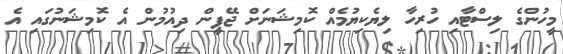
މީހުންގެ ލިސްޓާއި ހުރިހާ ލިޔެކިޔުމެއް ކޮމިޝަނަށް ޖޭޕީން ދިއުމުން އެ ކޮމިޝަނުގައި އެ